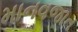
માનવજાત